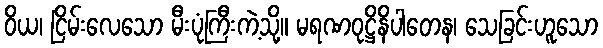
ဝိယ၊ ငြိမ်းလေသော မီးပုံကြီးကဲ့သို့။ မရဏဝုဋ္ဌိနိပါတေန၊ သေခြင်းဟူသော